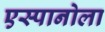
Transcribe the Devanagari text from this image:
एस्पानोला